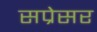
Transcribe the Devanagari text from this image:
सप्रेसर